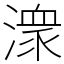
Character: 潨